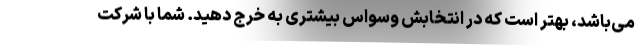
می‌باشد، بهتر است که در انتخابش وسواس بیشتری به خرج دهید. شما با شرکت